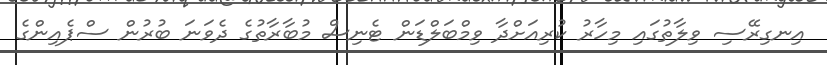
އިނގިރޭސި ވިލާތުގައި މިހާރު ކުރިއަށްދާ ވިމްބަލްޑަން ޓެނިސް މުބާރާތުގެ ދެވަނަ ބުރުން ސްޕެއިންގެ